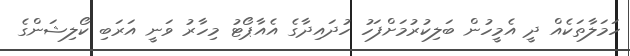
ހަމަލާތަކެއް ދީ އެމީހުން ބަލިކުރުމަށްފަހު ހުދައިދާގެ އެއާޕޯޓު މިހާރު ވަނީ އަރަބި ކޯލިޝަންގެ